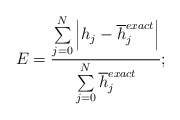
\begin{align*}E=\dfrac{\sum\limits^N_{j=0} \left|h_j-\overline h^{exact}_j\right|}{\sum\limits^N_{j=0} \overline h^{exact}_j}; \end{align*}